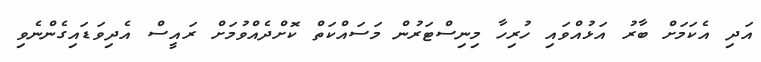
އަދި އެކަމަށް ބާރު އަޅުއްވައި ހުރިހާ މިނިސްޓަރުން މަސައްކަތް ކޮށްދެެއްވުމަށް ރައީސް އެދިވަޑައިގެންނެވި